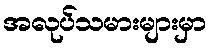
အလုပ်သမားများမှာ